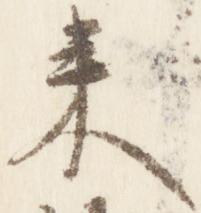
来